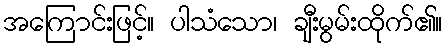
အကြောင်းဖြင့်။ ပါသံသော၊ ချီးမွမ်းထိုက်၏။